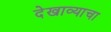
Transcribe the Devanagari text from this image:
देखाव्याचा